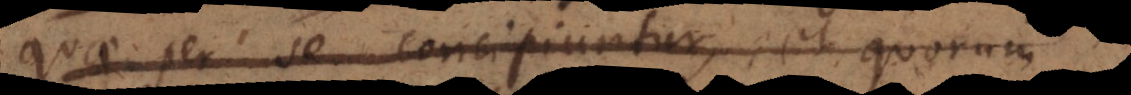
quae per se concipiuntur, et quorum